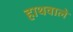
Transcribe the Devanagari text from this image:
हाथवाले